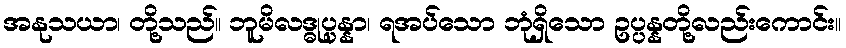
အနုသယာ၊ တို့သည်။ ဘူမိလဒ္ဓုပ္ပန္နာ၊ ရအပ်သော ဘုံရှိသော ဥပ္ပန္နတို့လည်းကောင်း။